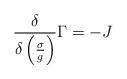
LaTeX: \begin{align*}\frac{\delta}{\delta\left(\frac{\sigma}{g}\right)}\Gamma=-J\end{align*}